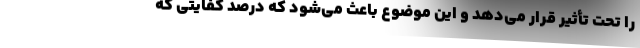
را تحت تأثیر قرار می‌دهد و این موضوع باعث می‌شود که درصد کفایتی که